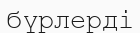
бүрлерді